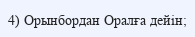
4) Орынбордан Оралға дейін;